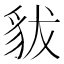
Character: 𧲯